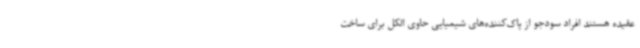
عقیده هستند افراد سودجو از پاک‌کننده‌های شیمیایی حاوی الکل برای ساخت